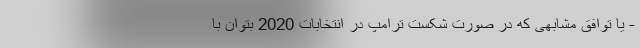
- یا توافق مشابهی که در صورت شکست ترامپ در انتخابات 2020 بتوان با